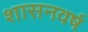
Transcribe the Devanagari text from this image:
शासनवर्ष